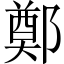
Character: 鄭